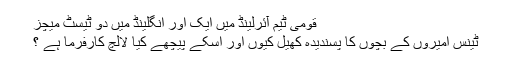
قومی ٹیم آئرلینڈ میں ایک اور انگلینڈ میں دو ٹیسٹ میچز
ٹینس امیروں کے بچوں کا پسندیدہ کھیل کیوں اور اسکے پیچھے کیا لالچ کارفرما ہے ؟